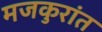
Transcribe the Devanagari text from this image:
मजकुरांत